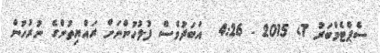
ސެޕްޓެމްބަރު 7